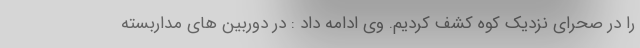
را در صحرای نزدیک کوه کشف کردیم. وی ادامه داد : در دوربین های مداربسته